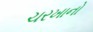
ચરખાનો